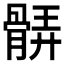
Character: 𩩖